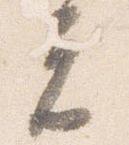
元